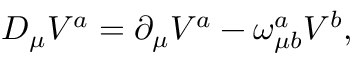
D _ { \mu } V ^ { a } = \partial _ { \mu } V ^ { a } - \omega _ { \mu b } ^ { a } V ^ { b } ,